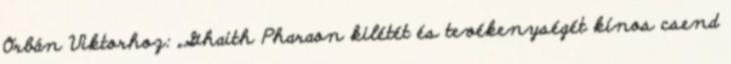
Orbán Viktorhoz: „Ghaith Pharaon kilétét és tevékenységét kínos csend